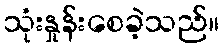
သုံးနှုန်းစေခဲ့သည်။